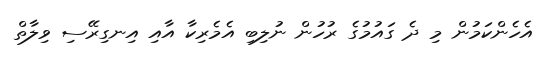
އެހެންކަމުން މި ދެ ގައުމުގެ ރުހުން ނުލިބި އެމެރިކާ އާއި އިނގިރޭސި ވިލާތް